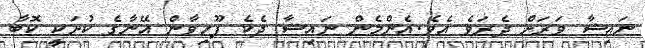
ނައިޝާ ވަރަށް ދެރަވެ އެވެ.އެންމެން ނައިޝާ ދެކެ ފޫހިވާން އޭނާގެ ކުށަކީ ކޮބާ